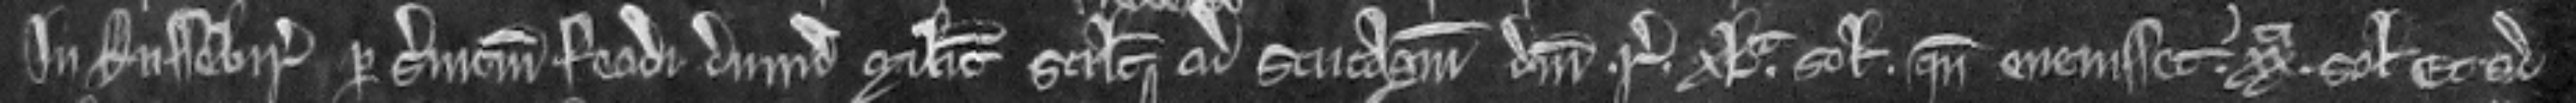
in Russebir per servicium feodi dimidii militis scilicet reddendo ad scutagium domini regis xla solidorum quando evenisset. xxa solidos et ad